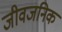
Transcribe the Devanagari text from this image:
जीवजनिक